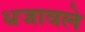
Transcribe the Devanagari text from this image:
धजावले